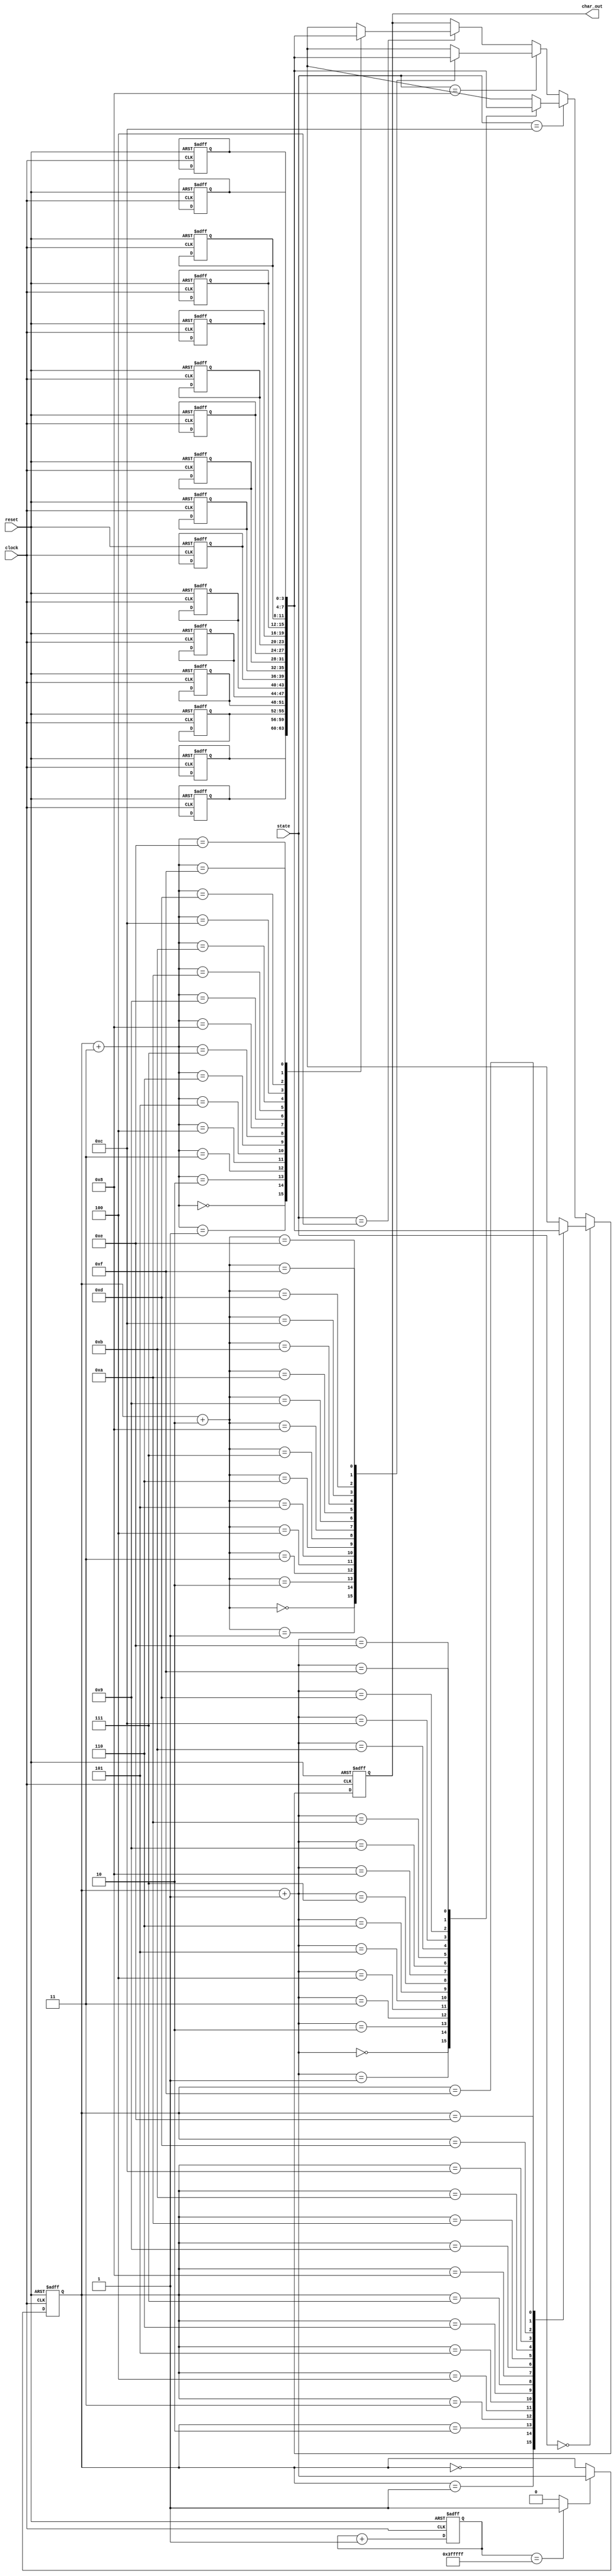
`timescale 1ns / 1ps
//////////////////////////////////////////////////////////////////////////////////
// Company: ---
//
// Design Name:  -----
// Module Name:    mem
// Project Name: FourDigitLEDdriver Lab01 Project
// Target Devices: FPGA Spartan 3
// Tool versions: -----
// Description:
//
// Dependencies:
//
// Revision:
// Revision 0.01 - File Created
// Additional Comments:
//
//////////////////////////////////////////////////////////////////////////////////

//Memory Module with address pointer
module mem(input clock,reset,input [3:0]state,output reg [3:0]char_out);

parameter COUNT_MAX = 22'd4194303;  //2^22-1
reg [3:0] addr;
reg [3:0] message [15:0];
reg [21:0] count ;
wire add_trig;

//address pointer management
//If reseted goes to 0 /
//if add_trig is high increment by 1
//Else remains the same
always @(posedge clock or posedge reset)
  begin
    if(reset == 1'b1)
		addr<=4'b0000;
	 else if(add_trig)
	   addr<=addr+1;
	 else 
	   addr<=addr;
  end

//22-bit delay counter
always @(posedge clock or posedge reset)
  begin
    if(reset == 1'b1)
		count <= 0;
	 else
	   count<= count+1;
  end  

//triger the character movement
assign add_trig = (count == COUNT_MAX)?1'b1:1'b0;

//Memory output based on the state of the state machine
//Data is out 2 cycles before the anodes
always @(posedge clock or posedge reset)
  begin
    if(reset == 1'b1)
		char_out<=4'b0000;
	 else if(state == 4'b0000)
	   char_out <= message[addr];
	 else if(state == 4'b1100)
	   char_out <= message[addr+1];
	 else if(state == 4'b1000)
	   char_out <= message[addr+2];
	 else if(state == 4'b0100)
	   char_out <= message[addr+3];
	 else 
	   char_out<= char_out;
  end


//Memory Initialization
always @(posedge clock or posedge reset)
  begin
    if(reset)
	   begin
		  message[0]<=4'd0;
		  message[1]<=4'd1;
		  message[2]<=4'd2;
		  message[3]<=4'd3;
		  message[4]<=4'd4;
		  message[5]<=4'd5;
		  message[6]<=4'd6;
		  message[7]<=4'd7;
		  message[8]<=4'd8;
		  message[9]<=4'd9;
		  message[10]<=4'd10;
		  message[11]<=4'd11;
		  message[12]<=4'd12;
		  message[13]<=4'd13;
		  message[14]<=4'd14;
		  message[15]<=4'd15;
		end
  end

endmodule